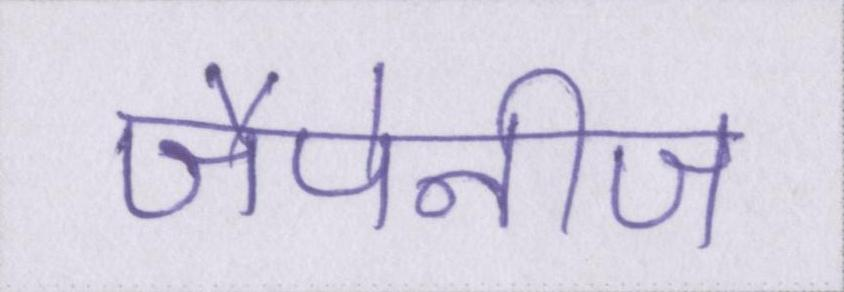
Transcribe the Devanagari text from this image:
जैपेनीज